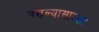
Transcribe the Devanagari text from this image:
नसल्यासारखा